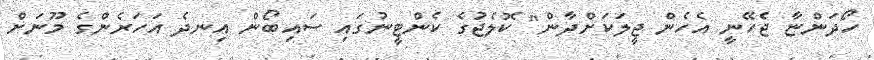
ހޯދަންޏާ ޖެހޭނީ އެެހެން ޖީލަކަށްދާން" ކޮލެޖުގެ ކެންޓީނުގައި ސައިބޯން އިނދެ އަހަރެންގެ މޫނަށް